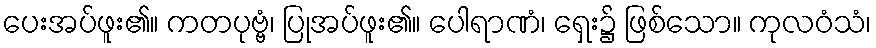
ပေးအပ်ဖူး၏။ ကတပုဗ္ဗံ၊ ပြုအပ်ဖူး၏။ ပေါရာဏံ၊ ရှေး၌ ဖြစ်သော။ ကုလဝံသံ၊